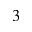
_ { 3 }